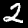
Label: 2